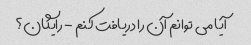
آیا می توانم آن را دریافت کنم - رایگان؟